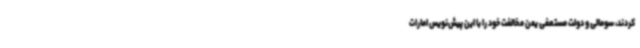
کردند، سومالی و دولت مستعفی یمن مخالفت خود را با این پیش‌نویس امارات